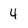
Character: 4